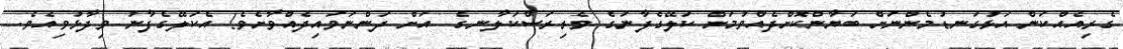
ގެރިއެއްކަން އަޅުގަނޑުމެންނަށް ބަޔާންކޮށްދެއްވުމަށް ކަލޭގެފާނުގެ ވެރިރަސްކަލާނގެ  އަށް ދަންނަވައިދެއްވާށެވެ! އެކަލޭގެފާނު ވިދާޅުވިއެވެ.